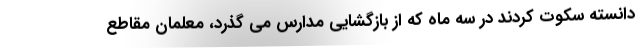
دانسته سکوت کردند در سه ماه که از بازگشایی مدارس می گذرد، معلمان مقاطع